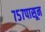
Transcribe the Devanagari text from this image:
७५७पासून